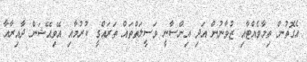
އެގޮތުން ތިމާވެއްޓާއި ޒުވާނުން އަދި އިންސާނީ ވަސީލަތްތައް ތަރައްގީ ކުރުމާއި އޭވިއޭޝަން ދާއިރާއާ